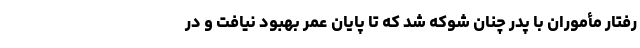
رفتار مأموران با پدر چنان شوکه شد که تا پایان عمر بهبود نیافت و در